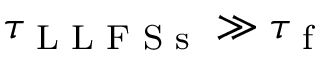
\tau _ { \textrm { L L F S s } } \gg \tau _ { \textrm { f } }